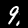
Digit: 9